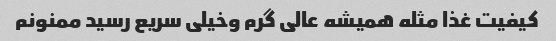
کیفیت غذا مثله همیشه عالی گرم وخیلی سریع رسید ممنونم